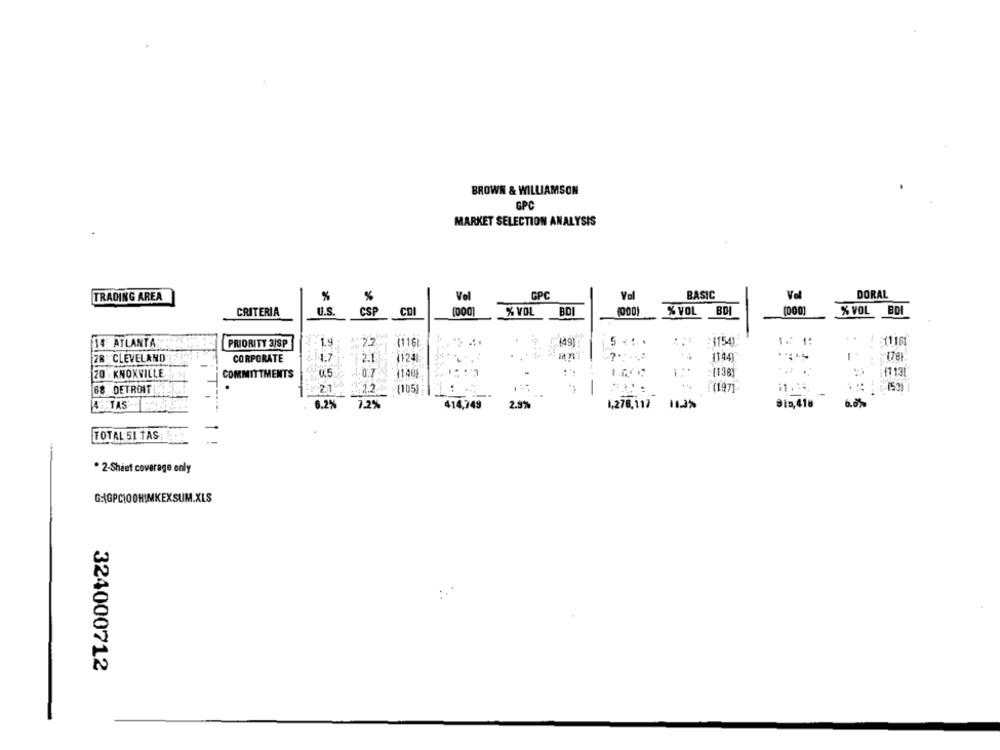
BROWN & WILLIAMSON
GPC
MARKET SELECTION ANALYSIS
TRADING AREA
%
Vel
GPC
Val
BASIC
Vol
DORAL
CRITERIA
U.S.
CSP
CDI
(000]
% VOL
BO
% VOL
BDI
% VOL BDI
15 ATLANTA
PRIORITY 3/SP
-1.9
22
-(116
491
:11541
1. 1:
1 :11101
ZB CLEVELAND
CORPORATE
1.7
1 2.1
11241
1144)
20 : KNOXVILLE.
COMMITTMENTS
0.5:
140g
:(138)
68 DETROIT
21
:2.2 % {105)
1(197]
11.34.
4.TAS
6.2%
7.2%
414,749
2.9%
1,276,117
11.3%
9to, 418
6.0%
TOTAL 51 TAS
. 2-Sheet coverage only
G:{GPC|OOHIMKEXSUM.XLS
324000712